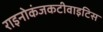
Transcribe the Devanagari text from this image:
राइनोकंजकटीवाइटिस